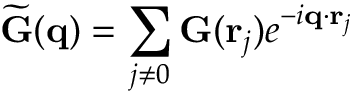
\widetilde { \mathbf G } ( \mathbf q ) = \sum _ { j \neq 0 } \mathbf G ( \mathbf r _ { j } ) e ^ { - i \mathbf q \cdot \mathbf r _ { j } }